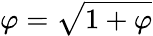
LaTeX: \varphi={\sqrt{1+\varphi}}